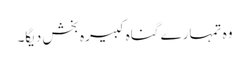
وہ تمہارے گناہ کبیرہ بخش دیگا۔